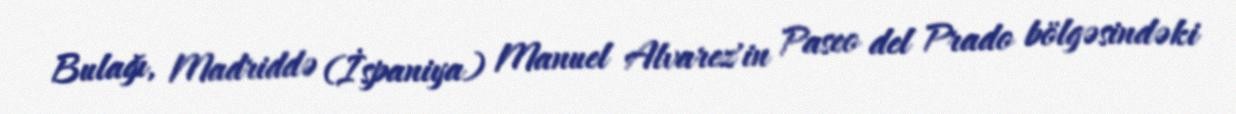
Bulağı, Madriddə (İspaniya) Manuel Alvarez'in Paseo del Prado bölgəsindəki